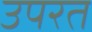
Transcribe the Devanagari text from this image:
उपरत